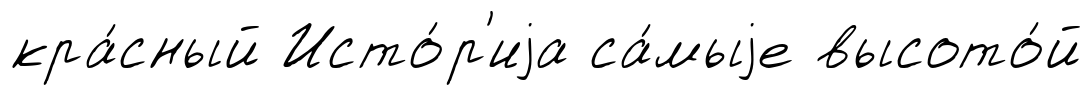
кра́сный Исто́р'иjа са́мыjе высото́й